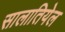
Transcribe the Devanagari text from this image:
सालातियेल